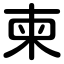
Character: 柬